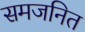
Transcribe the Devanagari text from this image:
समजनित